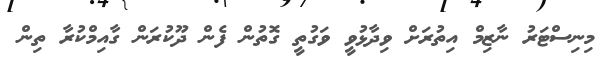
މިނިސްޓަރު ނާޒިމް އިތުރަށް ވިދާޅުވީ ވަގުތީ ގޮތުން ފެން ދޫކުރަން ގާއިމްކުރާ ތިން